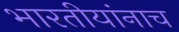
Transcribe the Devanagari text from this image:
भारतीयांनाच